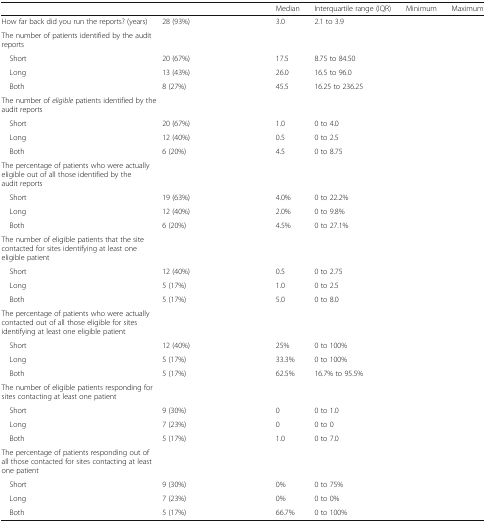
<table><thead><tr><td>[EMPTY_CELL]</td><td>[EMPTY_CELL]</td><td><b>Median</b></td><td><b>Interquartile range (IQR)</b></td><td><b>Minimum</b></td><td><b>Maximum</b></td></tr></thead><tbody><tr><td>How far back did you run the reports? (years)</td><td>28 (93%)</td><td>3.0</td><td>2.1 to 3.9</td><td>[EMPTY_CELL]</td><td>[EMPTY_CELL]</td></tr><tr><td colspan="6">The number of patients identified by the audit reports</td></tr><tr><td> Short</td><td>20 (67%)</td><td>17.5</td><td>8.75 to 84.50</td><td>[EMPTY_CELL]</td><td>[EMPTY_CELL]</td></tr><tr><td> Long</td><td>13 (43%)</td><td>26.0</td><td>16.5 to 96.0</td><td>[EMPTY_CELL]</td><td>[EMPTY_CELL]</td></tr><tr><td> Both</td><td>8 (27%)</td><td>45.5</td><td>16.25 to 236.25</td><td>[EMPTY_CELL]</td><td>[EMPTY_CELL]</td></tr><tr><td colspan="6">The number of <i>eligible</i> patients identified by the audit reports</td></tr><tr><td> Short</td><td>20 (67%)</td><td>1.0</td><td>0 to 4.0</td><td>[EMPTY_CELL]</td><td>[EMPTY_CELL]</td></tr><tr><td> Long</td><td>12 (40%)</td><td>0.5</td><td>0 to 2.5</td><td>[EMPTY_CELL]</td><td>[EMPTY_CELL]</td></tr><tr><td> Both</td><td>6 (20%)</td><td>4.5</td><td>0 to 8.75</td><td>[EMPTY_CELL]</td><td>[EMPTY_CELL]</td></tr><tr><td colspan="6">The percentage of patients who were actually eligible out of all those identified by the audit reports</td></tr><tr><td> Short</td><td>19 (63%)</td><td>4.0%</td><td>0 to 22.2%</td><td>[EMPTY_CELL]</td><td>[EMPTY_CELL]</td></tr><tr><td> Long</td><td>12 (40%)</td><td>2.0%</td><td>0 to 9.8%</td><td>[EMPTY_CELL]</td><td>[EMPTY_CELL]</td></tr><tr><td> Both</td><td>6 (20%)</td><td>4.5%</td><td>0 to 27.1%</td><td>[EMPTY_CELL]</td><td>[EMPTY_CELL]</td></tr><tr><td colspan="6">The number of eligible patients that the site contacted for sites identifying at least one eligible patient</td></tr><tr><td> Short</td><td>12 (40%)</td><td>0.5</td><td>0 to 2.75</td><td>[EMPTY_CELL]</td><td>[EMPTY_CELL]</td></tr><tr><td> Long</td><td>5 (17%)</td><td>1.0</td><td>0 to 2.5</td><td>[EMPTY_CELL]</td><td>[EMPTY_CELL]</td></tr><tr><td> Both</td><td>5 (17%)</td><td>5.0</td><td>0 to 8.0</td><td>[EMPTY_CELL]</td><td>[EMPTY_CELL]</td></tr><tr><td colspan="6">The percentage of patients who were actually contacted out of all those eligible for sites identifying at least one eligible patient</td></tr><tr><td> Short</td><td>12 (40%)</td><td>25%</td><td>0 to 100%</td><td>[EMPTY_CELL]</td><td>[EMPTY_CELL]</td></tr><tr><td> Long</td><td>5 (17%)</td><td>33.3%</td><td>0 to 100%</td><td>[EMPTY_CELL]</td><td>[EMPTY_CELL]</td></tr><tr><td> Both</td><td>5 (17%)</td><td>62.5%</td><td>16.7% to 95.5%</td><td>[EMPTY_CELL]</td><td>[EMPTY_CELL]</td></tr><tr><td colspan="6">The number of eligible patients responding for sites contacting at least one patient</td></tr><tr><td> Short</td><td>9 (30%)</td><td>0</td><td>0 to 1.0</td><td>[EMPTY_CELL]</td><td>[EMPTY_CELL]</td></tr><tr><td> Long</td><td>7 (23%)</td><td>0</td><td>0 to 0</td><td>[EMPTY_CELL]</td><td>[EMPTY_CELL]</td></tr><tr><td> Both</td><td>5 (17%)</td><td>1.0</td><td>0 to 7.0</td><td>[EMPTY_CELL]</td><td>[EMPTY_CELL]</td></tr><tr><td colspan="6">The percentage of patients responding out of all those contacted for sites contacting at least one patient</td></tr><tr><td> Short</td><td>9 (30%)</td><td>0%</td><td>0 to 75%</td><td>[EMPTY_CELL]</td><td>[EMPTY_CELL]</td></tr><tr><td> Long</td><td>7 (23%)</td><td>0%</td><td>0 to 0%</td><td>[EMPTY_CELL]</td><td>[EMPTY_CELL]</td></tr><tr><td> Both</td><td>5 (17%)</td><td>66.7%</td><td>0 to 100%</td><td>[EMPTY_CELL]</td><td>[EMPTY_CELL]</td></tr></tbody></table>